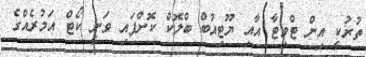
ތުރުކީ އިން ޓްވިޓާ އާއި ޔޫޓިއުބް ބްލޮކް ކޮށްފައި ވަނީ ކޯޓް އަމުރެއްގެ